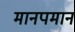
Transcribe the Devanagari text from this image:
मानपमान